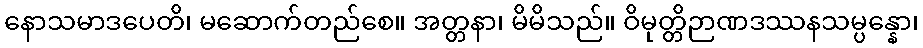
နောသမာဒပေတိ၊ မဆောက်တည်စေ။ အတ္တနာ၊ မိမိသည်။ ဝိမုတ္တိဉာဏဒဿနသမ္ပန္နော၊